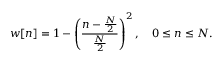
w [ n ] = 1 - \left( { \frac { n - { \frac { N } { 2 } } } { \frac { N } { 2 } } } \right) ^ { 2 } , \quad 0 \leq n \leq N .